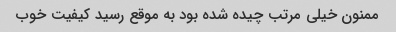
ممنون خیلی مرتب چیده شده بود به موقع رسید کیفیت خوب